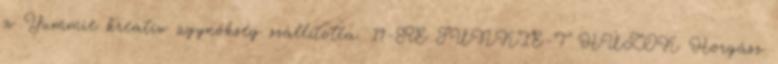
a Yummie kreatív ügynökség szállította. 19-RE JUNKIE-T HÚZOK Horgász